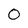
Character: 0